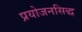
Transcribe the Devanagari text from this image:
प्रयोजनसिद्ध